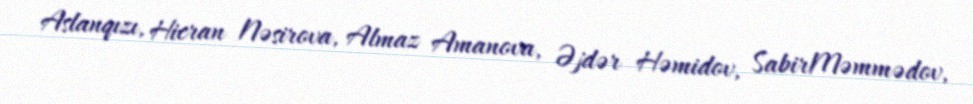
Aslanqızı, Hicran Nəsirova, Almaz Amanova, Əjdər Həmidov, SabirMəmmədov,